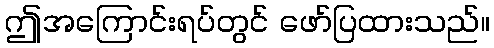
ဤအကြောင်းရပ်တွင် ဖော်ပြထားသည်။